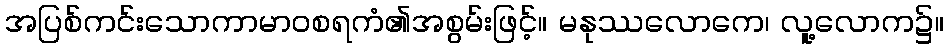
အပြစ်ကင်းသောကာမာဝစရကံ၏အစွမ်းဖြင့်။ မနုဿလောကေ၊ လူ့လောက၌။